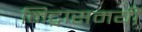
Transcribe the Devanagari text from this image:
निद्नासमयीं